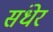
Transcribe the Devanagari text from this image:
संधेर